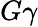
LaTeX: G\gamma